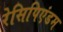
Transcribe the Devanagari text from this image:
रेसिपिएंडम